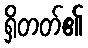
ရှိတတ်၏